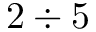
2 \div 5